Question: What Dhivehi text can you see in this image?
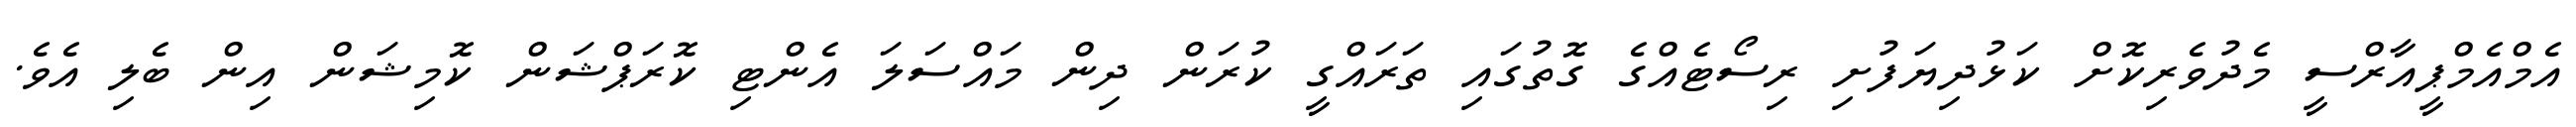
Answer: އެމްއެމްޕީއާރްސީ މެދުވެރިކޮށް ކަޅުދިޔަފުށި ރިސޯޓެއްގެ ގޮތުގައި ތަރައްގީ ކުރަން ދިން މައްސަލަ އެންޓި ކޮރަޕްޝަން ކޮމިޝަން އިން ބެލި އެވެ.